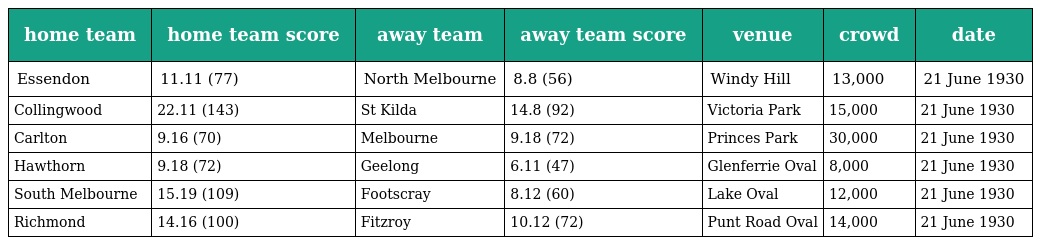
| home team | home team score | away team | away team score | venue | crowd | date |
 | --- | --- | --- | --- | --- | --- | --- |
 | Essendon | 11.11 (77) | North Melbourne | 8.8 (56) | Windy Hill | 13,000 | 21 June 1930 |
 | Collingwood | 22.11 (143) | St Kilda | 14.8 (92) | Victoria Park | 15,000 | 21 June 1930 |
 | Carlton | 9.16 (70) | Melbourne | 9.18 (72) | Princes Park | 30,000 | 21 June 1930 |
 | Hawthorn | 9.18 (72) | Geelong | 6.11 (47) | Glenferrie Oval | 8,000 | 21 June 1930 |
 | South Melbourne | 15.19 (109) | Footscray | 8.12 (60) | Lake Oval | 12,000 | 21 June 1930 |
 | Richmond | 14.16 (100) | Fitzroy | 10.12 (72) | Punt Road Oval | 14,000 | 21 June 1930 |